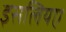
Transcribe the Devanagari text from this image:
इसलियए